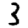
Digit: 3